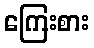
ကြေးစား